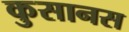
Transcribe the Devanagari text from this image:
कुसानस